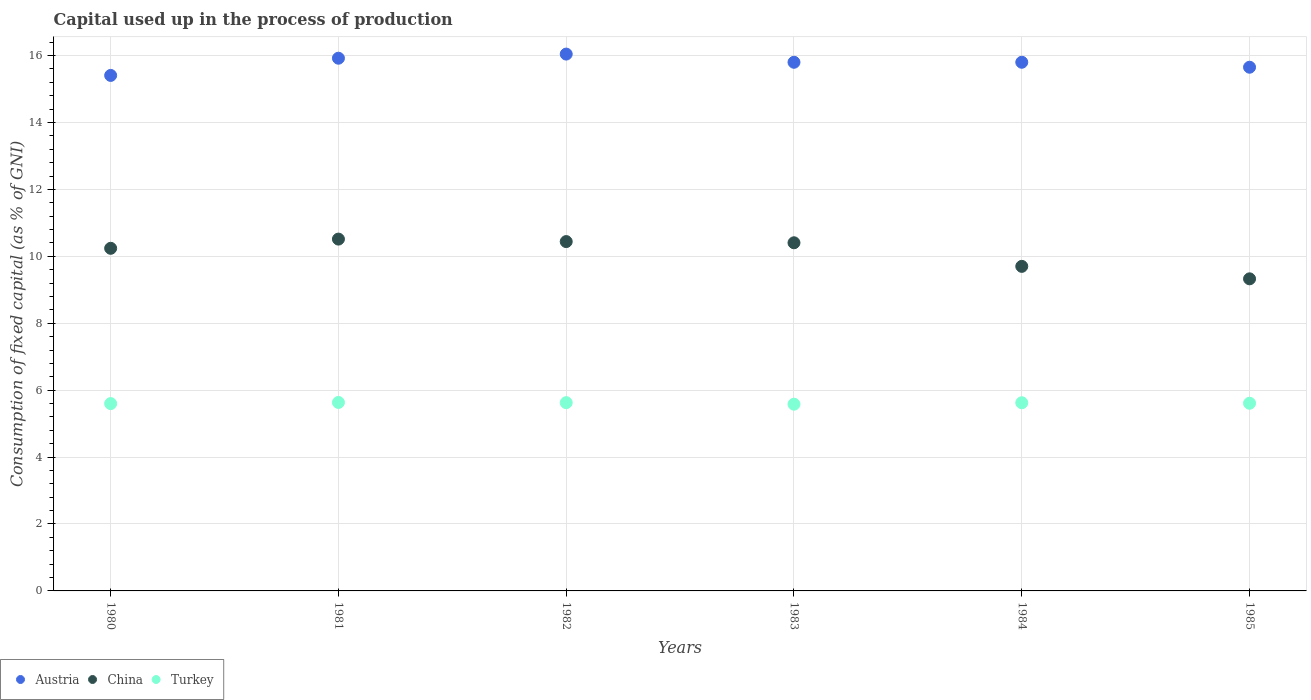
| Years | Austria | China | Turkey |
 | --- | --- | --- | --- |
 | 1980 | 15.4 | 10.2 | 5.6 |
 | 1981 | 15.9 | 10.5 | 5.63 |
 | 1982 | 16 | 10.4 | 5.63 |
 | 1983 | 15.8 | 10.4 | 5.58 |
 | 1984 | 15.8 | 9.7 | 5.62 |
 | 1985 | 15.7 | 9.33 | 5.61 |